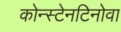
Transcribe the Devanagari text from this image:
कोन्स्टेनटिनोवा